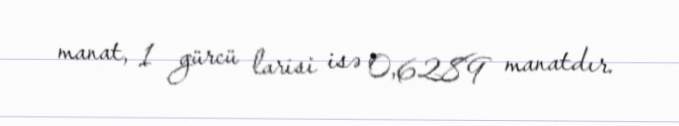
manat, 1 gürcü larisi isə 0,6289 manatdır.